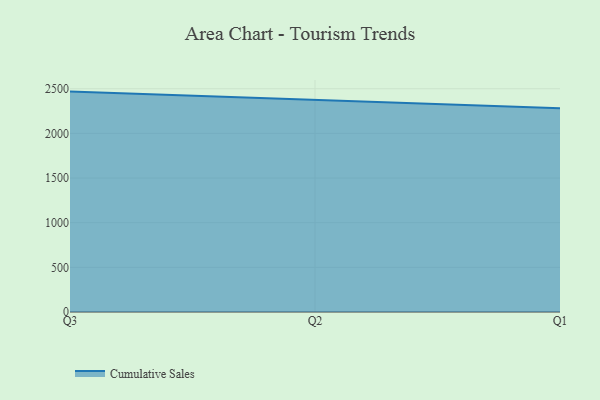
{"axis": {"x": "Quarter", "y": "Churn Rate (%)"}, "legend": ["Cumulative Sales"], "data": [{"x": "Q3", "y": 2467.9, "type": "Cumulative Sales"}, {"x": "Q2", "y": 2375.3, "type": "Cumulative Sales"}, {"x": "Q1", "y": 2280.9, "type": "Cumulative Sales"}]}